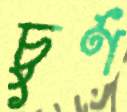
চুর্ণ